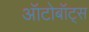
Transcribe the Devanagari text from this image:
ऑटोबॉट्स